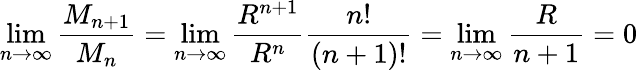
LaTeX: \operatorname*{lim}_{n\to\infty}{\frac{M_{n+1}}{M_{n}}}=\operatorname*{lim}_{n\to\infty}{\frac{R^{n+1}}{R^{n}}}{\frac{n!}{(n+1)!}}=\operatorname*{lim}_{n\to\infty}{\frac{R}{n+1}}=0